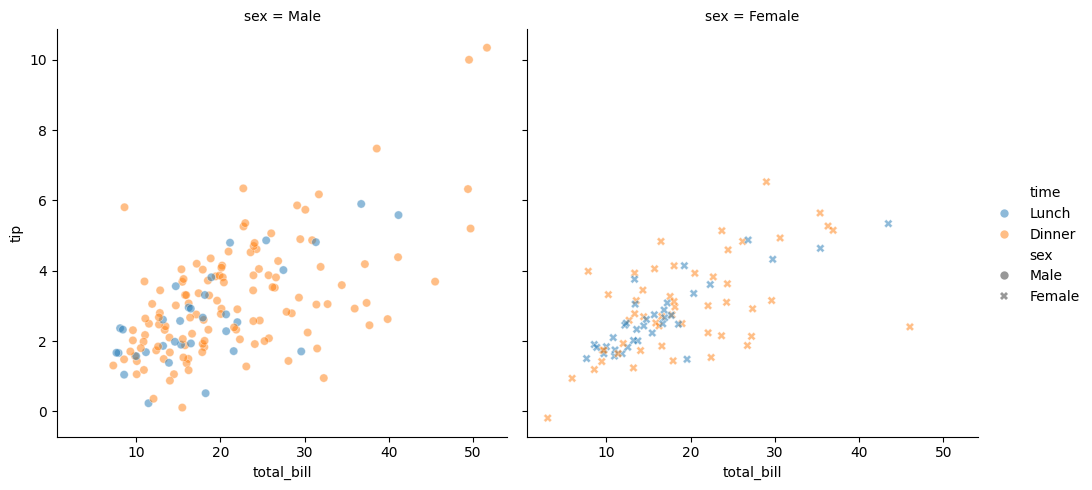
python, seaborn, relplot, alpha=0.5